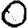
Digit: 0